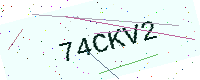
Text: 74CKV2